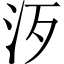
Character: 𣲠